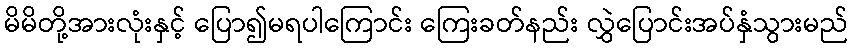
မိမိတို့အားလုံးနှင့် ပြော၍မရပါကြောင်း ကြေးခတ်နည်း လွှဲပြောင်းအပ်နှံသွားမည်